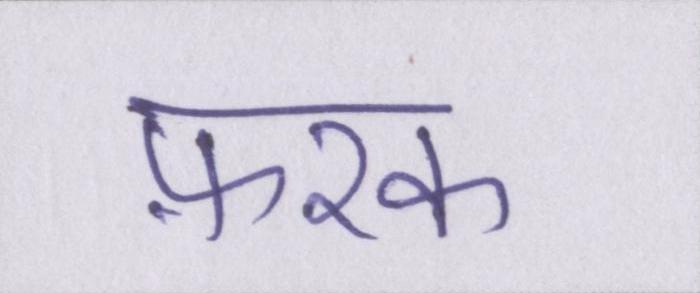
फ़रक